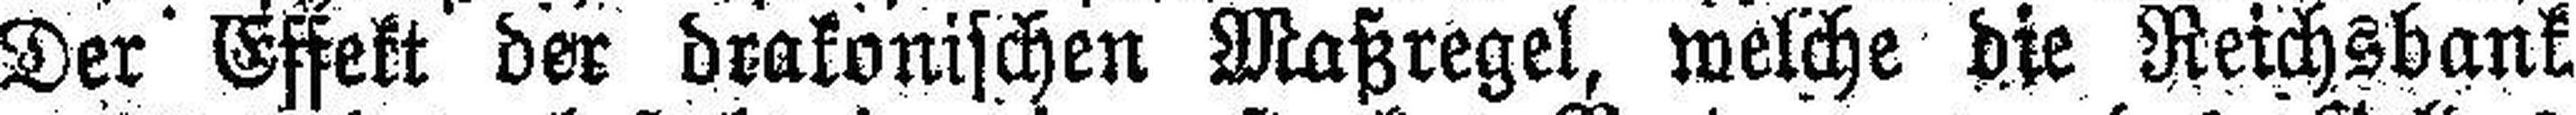
Der Effekt der drakonischen Maßregel, welche die Reichsbank